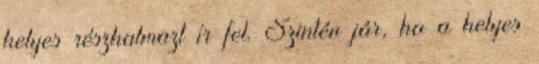
helyes részhalmazt ír fel. Szintén jár, ha a helyes